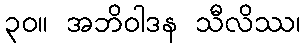
၃၀။ အဘိဝါဒန သီလိဿ၊